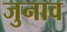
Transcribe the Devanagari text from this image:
जुनाव